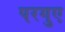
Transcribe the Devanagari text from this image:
परगुए